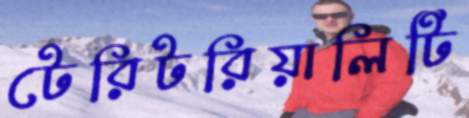
টেরিটরিয়ালিটি